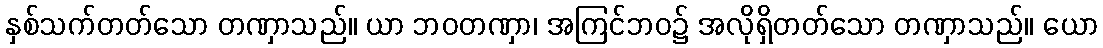
နှစ်သက်တတ်သော တဏှာသည်။ ယာ ဘဝတဏှာ၊ အကြင်ဘဝ၌ အလိုရှိတတ်သော တဏှာသည်။ ယော